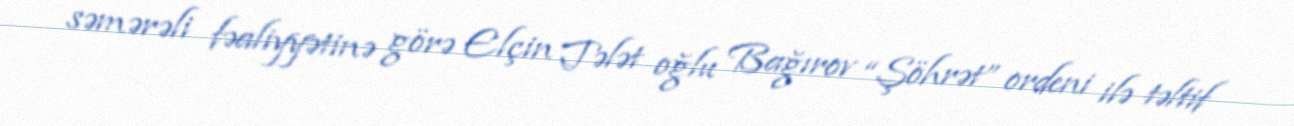
səmərəli fəaliyyətinə görə Elçin Tələt oğlu Bağırov “Şöhrət” ordeni ilə təltif